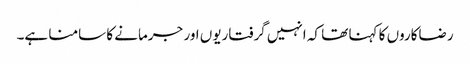
رضاکاروں کا کہنا تھا کہ انہیں گرفتاریوں اور جرمانے کا سامنا ہے۔